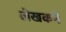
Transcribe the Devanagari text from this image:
लेखकने